Annual report on the mental hospital in the Central Provinces and Berar (Nagpur) - 1927-1951
Year: 1927
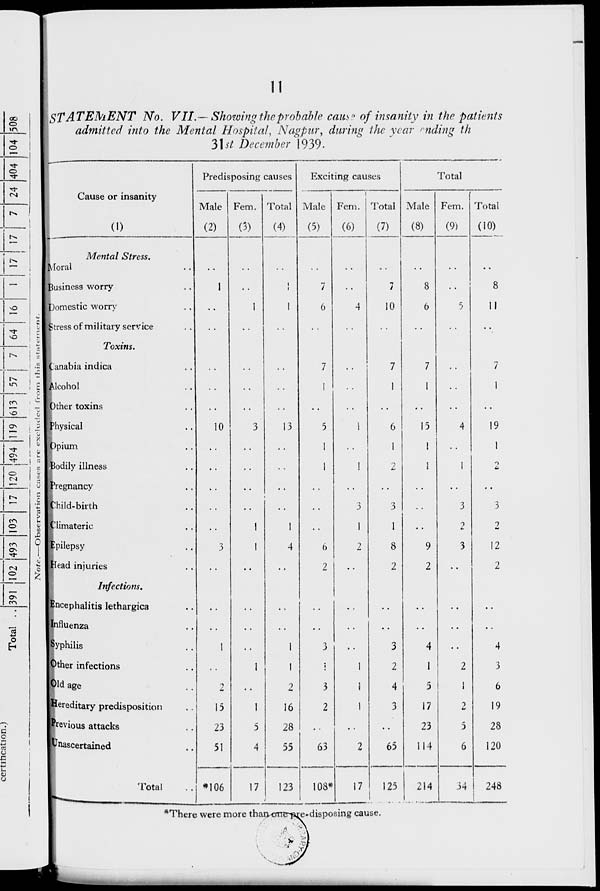
11
STATEMENT
No. VII.— Showing the probable cause of insanity in the patients
admitted into the Mental Hospital, Nagpur, during the year ending the
31st December 1939.
Cause or insanity
(1)
Mental Stress.
Moral ..
Business worry ..
Domestic worry ..
Stress of military service ..
Toxins.
Canabia indica ..
Alcohol ..
Other toxins ..
Physical ..
Opium ..
Bodily illness ..
Pregnancy ..
Child-birth ..
Climateric ..
Epilepsy ..
Head injuries ..
Infections.
Encephalitis lethargica ..
Influenza ..
Syphilis ..
Other infections ..
Old age ..
Hereditary predisposition ..
Previous attacks ..
Unascertained ..
Total ..
Predisposing causes
Male
(2)
..
1
..
..
..
..
..
10
..
..
..
..
..
3
..
..
..
1
..
2
15
23
51
*106
Fem.
(3)
..
..
1
..
..
..
..
3
..
..
..
..
1
1
..
..
..
..
1
..
1
5
4
17
Total
(4)
..
1
1
..
..
..
..
13
..
..
..
..
1
4
..
..
..
1
1
2
16
28
55
123
Exciting causes
Male
(5)
..
7
6
..
7
1
..
5
1
1
..
..
..
6
2
..
..
3
1
3
2
..
63
108*
Fem.
(6)
..
..
4
..
..
..
..
1
..
1
..
3
1
2
..
..
..
..
1
1
1
..
2
17
Total
(7)
..
7
10
..
7
1
..
6
1
2
..
3
1
8
2
..
..
3
2
4
3
..
65
125
Total
Male
(8)
..
8
6
..
7
1
..
15
1
1
..
..
..
9
2
..
..
4
1
5
17
23
114
214
Fem.
(9)
..
..
5
..
..
..
..
4
..
1
..
3
2
3
..
..
..
..
2
1
2
5
6
34
Total
(10)
..
8
11
..
7
1
..
19
1
2
..
3
2
12
2
..
..
4
3
6
19
28
120
248
*There were more than one pre-disposing cause.